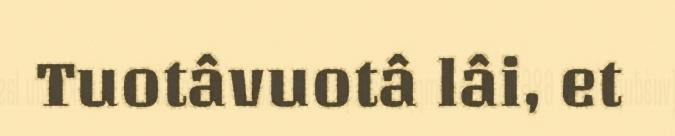
Tuotâvuotâ lâi, et